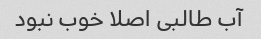
آب طالبی اصلا خوب نبود